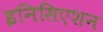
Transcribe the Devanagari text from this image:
इनिसिएशन